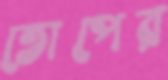
তোপের